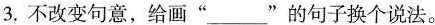
3.不改变句意，给画”___”的句子换个说法。